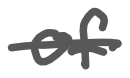
Text: of
Cross-out: single-line
Writing tool: digital_gray